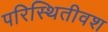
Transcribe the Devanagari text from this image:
परिस्थितीवश